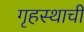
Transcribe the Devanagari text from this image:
गृहस्थाची